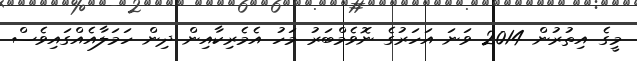
މީގެ އިތުރުން 2014 ވަނަ އަހަރުގެ ނޮވެމްބަރު މަހު އެމެރިކާއިން ދިން ހަމަލާއެއްގައިވެސް